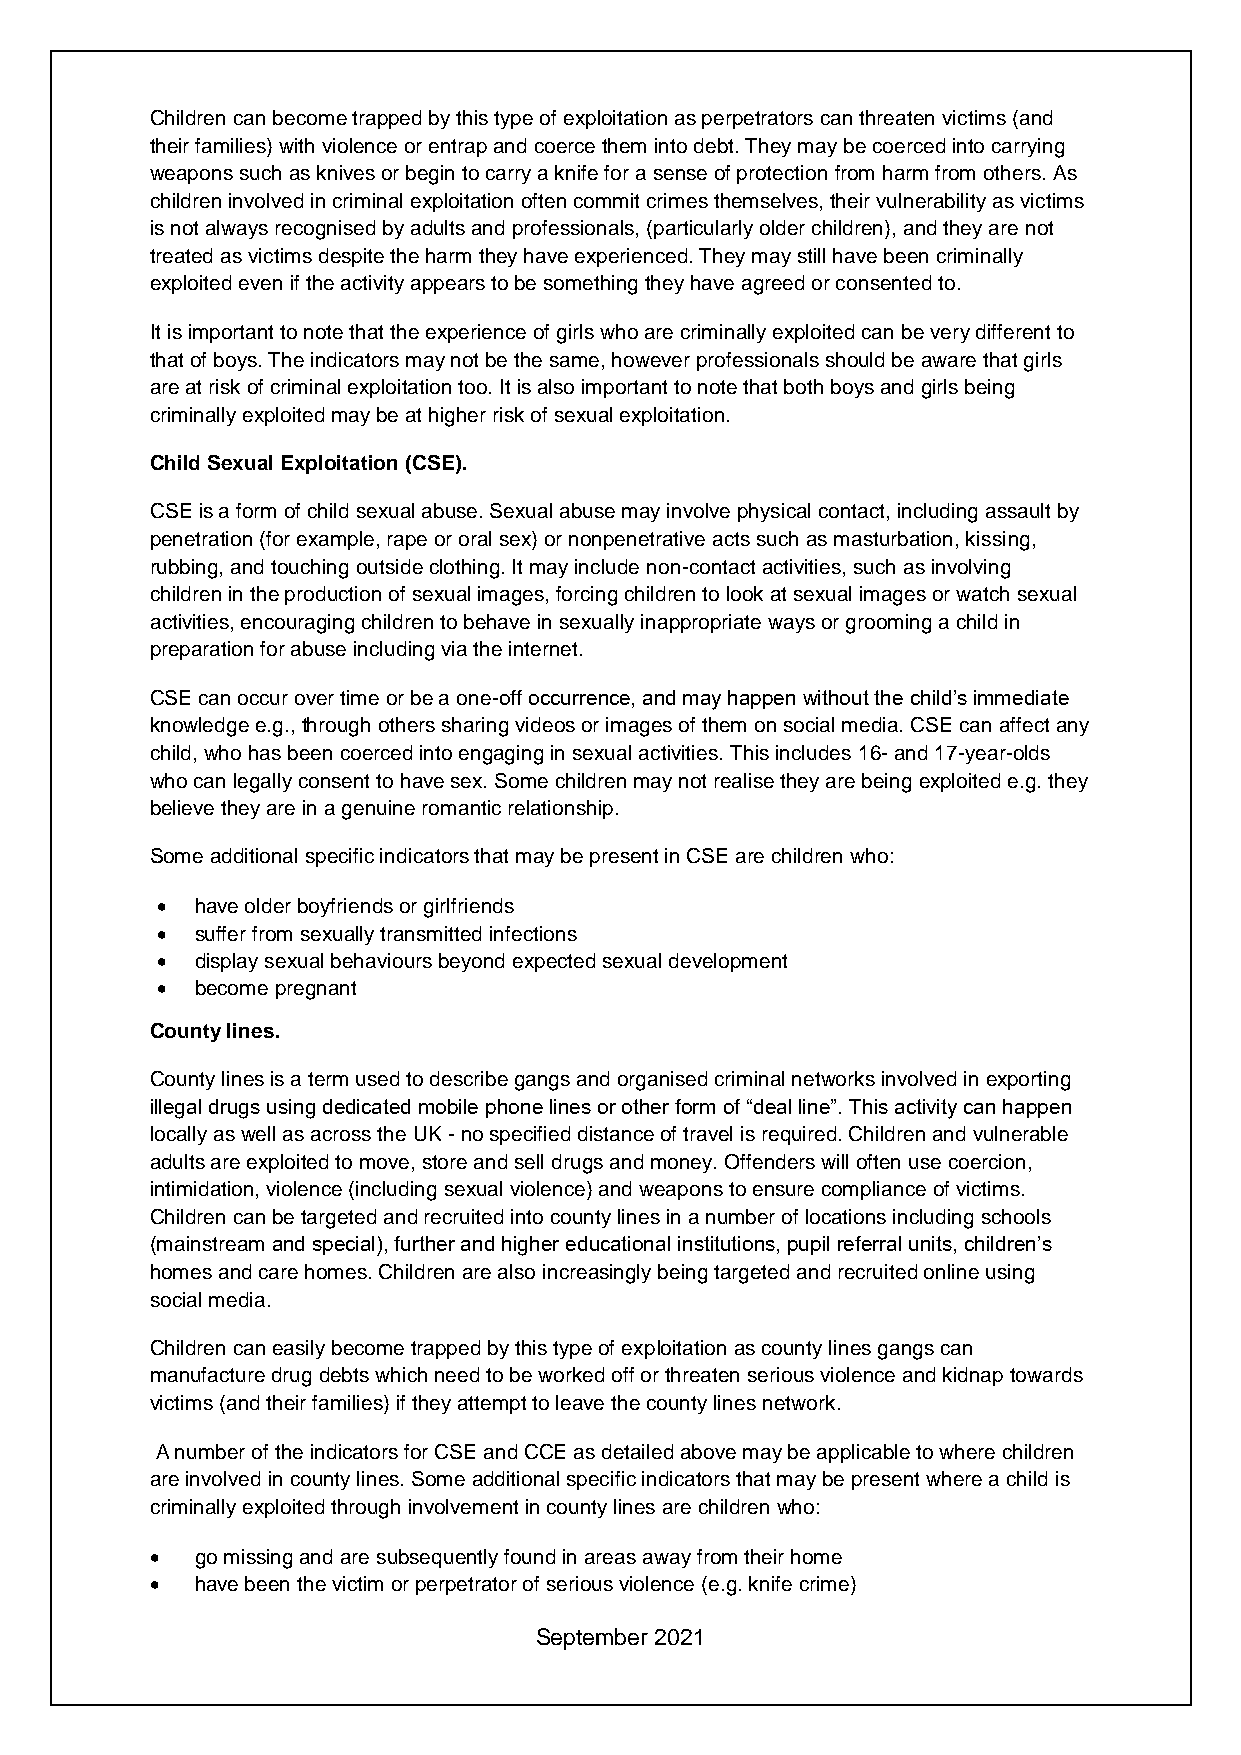
Children can become trapped by this type of exploitation as perpetrators can threaten victims (and
 their families) with violence or entrap and coerce them into debt. They may be coerced into carrying
 weapons such as knives or begin to carry a knife for a sense of protection from harm from others. As
 children involved in criminal exploitation often commit crimes themselves, their vulnerability as victims
 is not always recognised by adults and professionals, (particularly older children), and they are not
 treated as victims despite the harm they have experienced. They may still have been criminally
 exploited even if the activity appears to be something they have agreed or consented to.
 It is important to note that the experience of girls who are criminally exploited can be very different to
 that of boys. The indicators may not be the same, however professionals should be aware that girls
 are at risk of criminal exploitation too. It is also important to note that both boys and girls being
 criminally exploited may be at higher risk of sexual exploitation.
 Child Sexual Exploitation (CSE).
 CSE is a form of child sexual abuse. Sexual abuse may involve physical contact, including assault by
 penetration (for example, rape or oral sex) or nonpenetrative acts such as masturbation, kissing,
 rubbing, and touching outside clothing. It may include non-contact activities, such as involving
 children in the production of sexual images, forcing children to look at sexual images or watch sexual
 activities, encouraging children to behave in sexually inappropriate ways or grooming a child in
 preparation for abuse including via the internet.
 CSE can occur over time or be a one-off occurrence, and may happen without the child’s immediate
 knowledge e.g., through others sharing videos or images of them on social media. CSE can affect any
 child, who has been coerced into engaging in sexual activities. This includes 16- and 17-year-olds
 who can legally consent to have sex. Some children may not realise they are being exploited e.g. they
 believe they are in a genuine romantic relationship.
 Some additional specific indicators that may be present in CSE are children who:
 •  have older boyfriends or girlfriends
 •  suffer from sexually transmitted infections
 •  display sexual behaviours beyond expected sexual development
 •  become pregnant
 County lines.
 County lines is a term used to describe gangs and organised criminal networks involved in exporting
 illegal drugs using dedicated mobile phone lines or other form of “deal line”. This activity can happen
 locally as well as across the UK - no specified distance of travel is required. Children and vulnerable
 adults are exploited to move, store and sell drugs and money. Offenders will often use coercion,
 intimidation, violence (including sexual violence) and weapons to ensure compliance of victims.
 Children can be targeted and recruited into county lines in a number of locations including schools
 (mainstream and special), further and higher educational institutions, pupil referral units, children’s
 homes and care homes. Children are also increasingly being targeted and recruited online using
 social media.
 Children can easily become trapped by this type of exploitation as county lines gangs can
 manufacture drug debts which need to be worked off or threaten serious violence and kidnap towards
 victims (and their families) if they attempt to leave the county lines network.
 A number of the indicators for CSE and CCE as detailed above may be applicable to where children
 are involved in county lines. Some additional specific indicators that may be present where a child is
 criminally exploited through involvement in county lines are children who:
 •  go missing and are subsequently found in areas away from their home
 •  have been the victim or perpetrator of serious violence (e.g. knife crime)
 September 2021